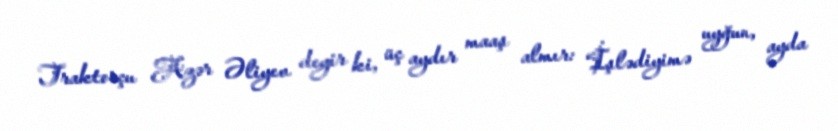
Traktorçu Azər Əliyev deyir ki, üç aydır maaş almır: “İşlədiyimə uyğun, ayda